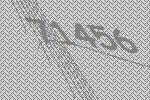
71456